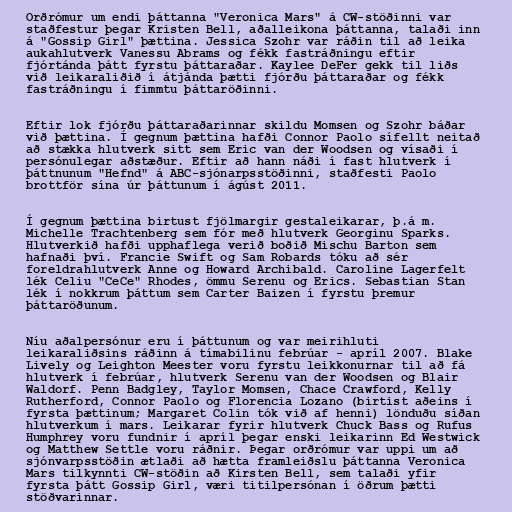
Orðrómur um endi þáttanna "Veronica Mars" á CW-stöðinni var
staðfestur þegar Kristen Bell, aðalleikona þáttanna, talaði inn
á "Gossip Girl" þættina. Jessica Szohr var ráðin til að leika
aukahlutverk Vanessu Abrams og fékk fastráðningu eftir
fjórtánda þátt fyrstu þáttaraðar. Kaylee DeFer gekk til liðs
við leikaraliðið í átjánda þætti fjórðu þáttaraðar og fékk
fastráðningu í fimmtu þáttaröðinni.

Eftir lok fjórðu þáttaraðarinnar skildu Momsen og Szohr báðar
við þættina. Í gegnum þættina hafði Connor Paolo sífellt neitað
að stækka hlutverk sitt sem Eric van der Woodsen og vísaði í
persónulegar aðstæður. Eftir að hann náði í fast hlutverk í
þáttnunum "Hefnd" á ABC-sjónarpsstöðinni, staðfesti Paolo
brottför sína úr þáttunum í ágúst 2011.

Í gegnum þættina birtust fjölmargir gestaleikarar, þ.á m.
Michelle Trachtenberg sem fór með hlutverk Georginu Sparks.
Hlutverkið hafði upphaflega verið boðið Mischu Barton sem
hafnaði því. Francie Swift og Sam Robards tóku að sér
foreldrahlutverk Anne og Howard Archibald. Caroline Lagerfelt
lék Celiu "CeCe" Rhodes, ömmu Serenu og Erics. Sebastian Stan
lék í nokkrum þáttum sem Carter Baizen í fyrstu þremur
þáttaröðunum.

Níu aðalpersónur eru í þáttunum og var meirihluti
leikaraliðsins ráðinn á tímabilinu febrúar - apríl 2007. Blake
Lively og Leighton Meester voru fyrstu leikkonurnar til að fá
hlutverk í febrúar, hlutverk Serenu van der Woodsen og Blair
Waldorf. Penn Badgley, Taylor Momsen, Chace Crawford, Kelly
Rutherford, Connor Paolo og Florencia Lozano (birtist aðeins í
fyrsta þættinum; Margaret Colin tók við af henni) lönduðu síðan
hlutverkum í mars. Leikarar fyrir hlutverk Chuck Bass og Rufus
Humphrey voru fundnir í apríl þegar enski leikarinn Ed Westwick
og Matthew Settle voru ráðnir. Þegar orðrómur var uppi um að
sjónvarpsstöðin ætlaði að hætta framleiðslu þáttanna Veronica
Mars tilkynnti CW-stöðin að Kirsten Bell, sem talaði yfir
fyrsta þátt Gossip Girl, væri titilpersónan í öðrum þætti
stöðvarinnar.